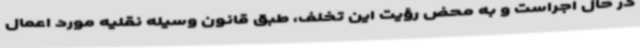
در حال اجراست و به محض رؤیت این تخلف، طبق قانون وسیله نقلیه مورد اعمال